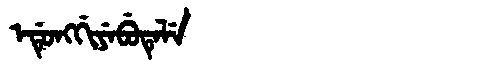
Manchu: ᡝᡩᡠᠩᡤᡳᠶᡝᠪᡠᡨᡝᠯᡝ
Romanization: EDUNGGIYEBUTELE